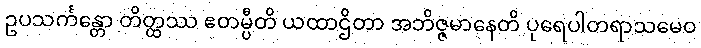
ဥပသင်္ကန္တော တိတ္ထဿ ဧတမ္ပီတိ ယထာဌိတာ အဘိဇ္ဇမာနေတိ ပုရေပါတရာသမေဝ